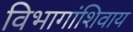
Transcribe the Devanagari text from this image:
विभागांशिवाय